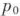
p_0